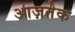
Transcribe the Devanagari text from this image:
आज़तेक